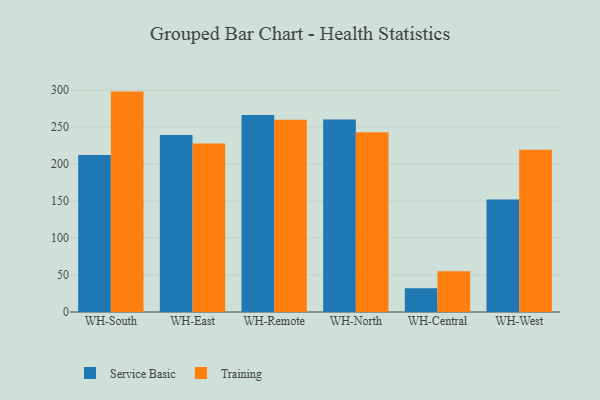
{"axis": {"x": "Warehouse", "y": "Satisfaction Score"}, "legend": ["Service Basic", "Training"], "data": [{"x": "WH-South", "y": 212.3, "type": "Service Basic"}, {"x": "WH-South", "y": 298.0, "type": "Training"}, {"x": "WH-East", "y": 239.3, "type": "Service Basic"}, {"x": "WH-East", "y": 227.7, "type": "Training"}, {"x": "WH-Remote", "y": 266.5, "type": "Service Basic"}, {"x": "WH-Remote", "y": 260.1, "type": "Training"}, {"x": "WH-North", "y": 260.4, "type": "Service Basic"}, {"x": "WH-North", "y": 243.1, "type": "Training"}, {"x": "WH-Central", "y": 32.1, "type": "Service Basic"}, {"x": "WH-Central", "y": 55.0, "type": "Training"}, {"x": "WH-West", "y": 152.0, "type": "Service Basic"}, {"x": "WH-West", "y": 219.5, "type": "Training"}]}